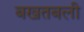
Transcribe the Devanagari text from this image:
बखतबली